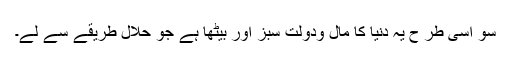
سو اسی طر ح یہ دنیا کا مال ودولت سبز اور بیٹھا ہے جو حلال طریقے سے لے۔